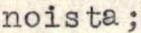
noista;